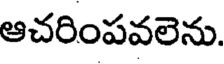
ఆచరింపవలెను.